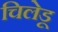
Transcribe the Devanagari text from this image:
चिलेडू